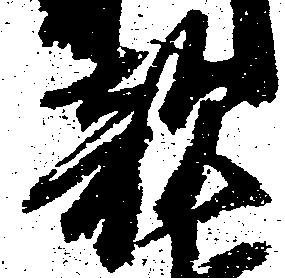
敵